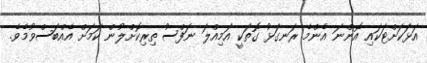
އަޅަކަށްޓަކައި އޮންނަ އެންމެ ރަނގަޅު ގޮތަކީ އަމިއްލަ ނަފްސު ތިރިކޮށްލުން ކަމަށް އެއްބަސްވުމެވެ.